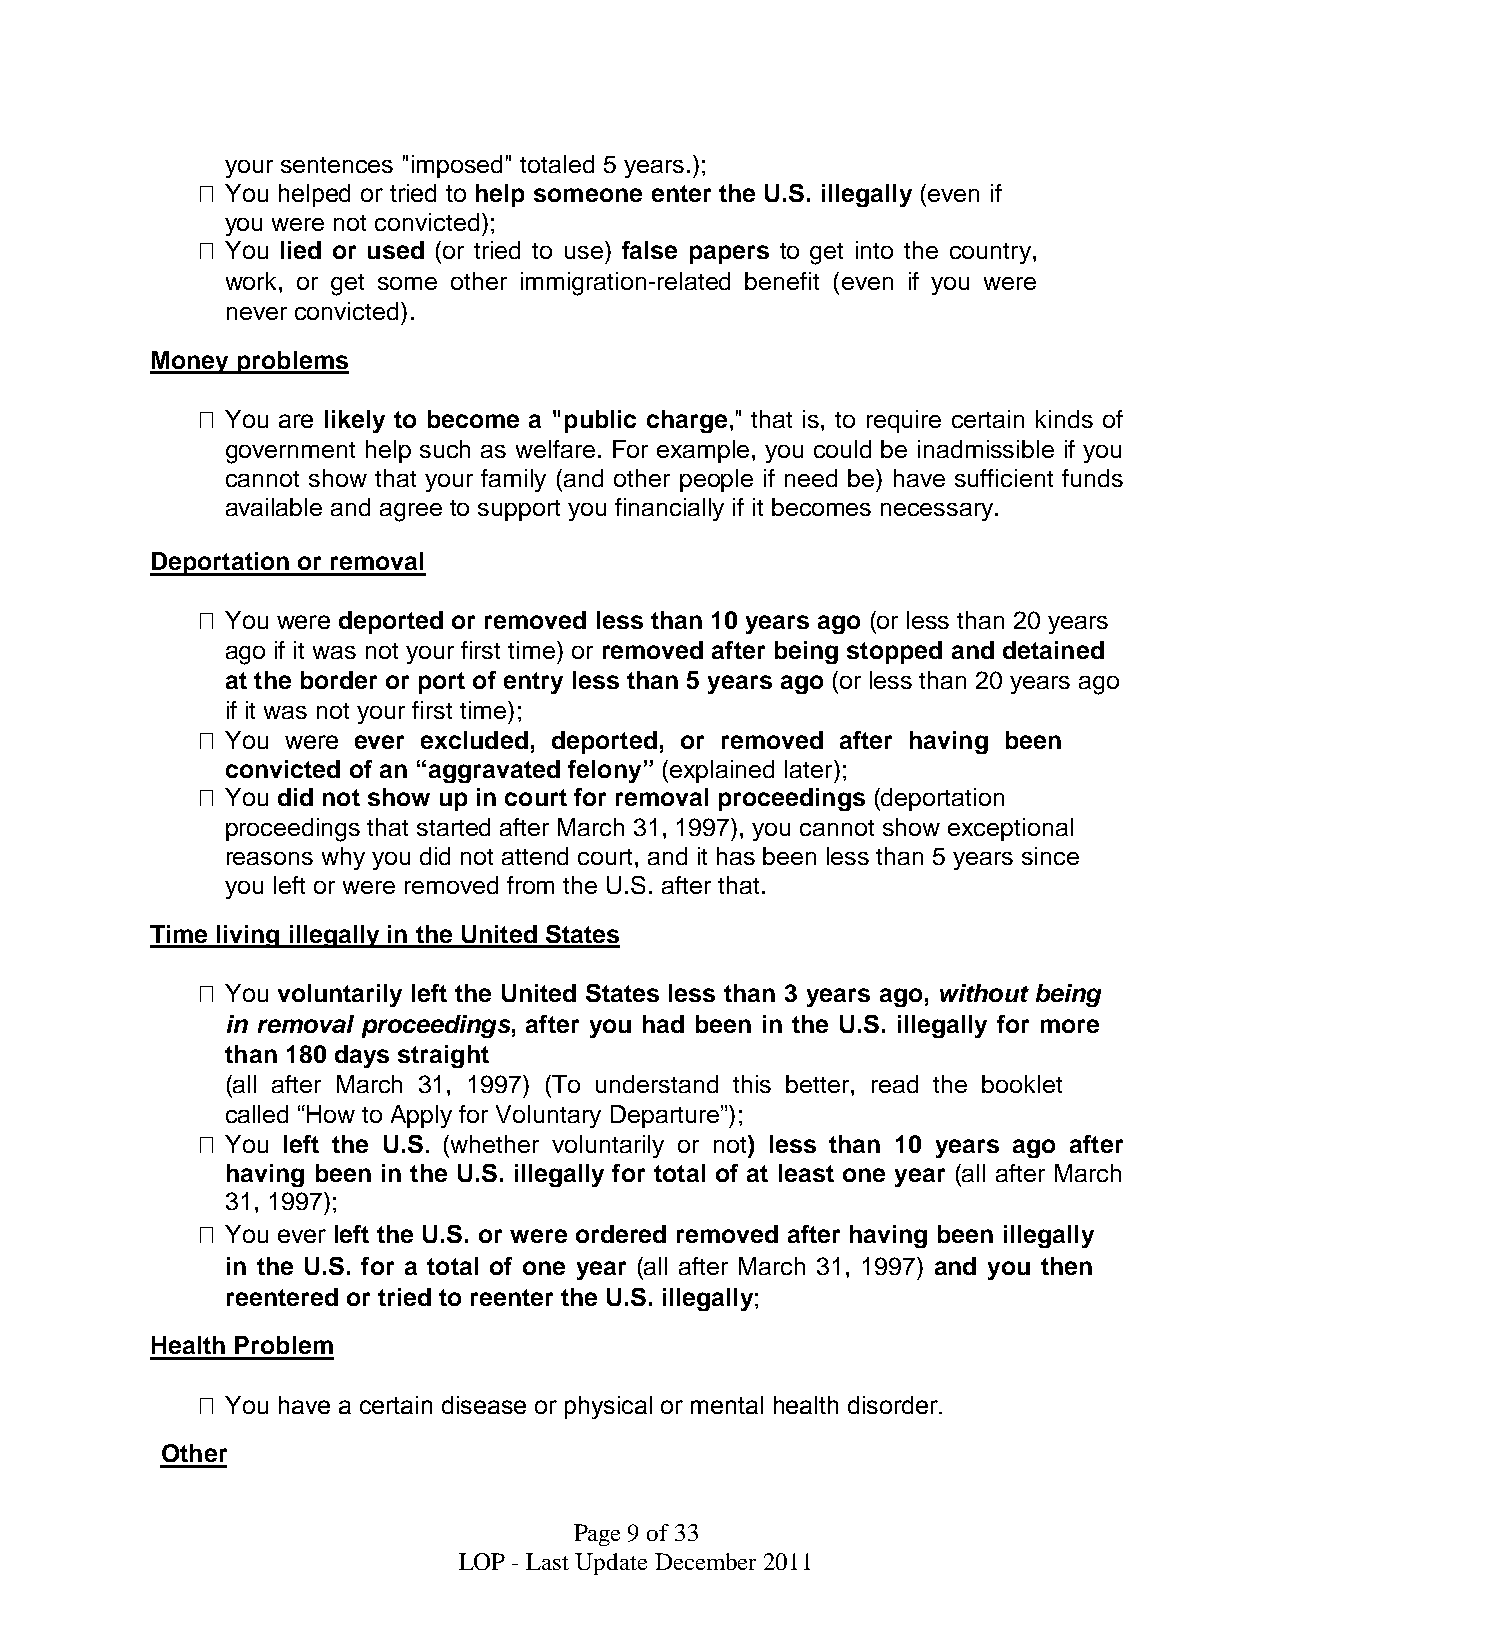
your sentences "imposed" totaled 5 years.);
  You helped or tried to help someone enter the U.S. illegally (even if
 you were not convicted);
  You lied or used (or tried to use) false papers to get into the country,
 work, or get some other immigration-related benefit (even if you were
 never convicted).
 Money problems
  You are likely to become a "public charge," that is, to require certain kinds of
 government help such as welfare. For example, you could be inadmissible if you
 cannot show that your family (and other people if need be) have sufficient funds
 available and agree to support you financially if it becomes necessary.
 Deportation or removal
  You were deported or removed less than 10 years ago (or less than 20 years
 ago if it was not your first time) or removed after being stopped and detained
 at the border or port of entry less than 5 years ago (or less than 20 years ago
 if it was not your first time);
  You were ever excluded, deported, or removed after having been
 convicted of an “aggravated felony” (explained later);
  You did not show up in court for removal proceedings (deportation
 proceedings that started after March 31, 1997), you cannot show exceptional
 reasons why you did not attend court, and it has been less than 5 years since
 you left or were removed from the U.S. after that.
 Time living illegally in the United States
  You voluntarily left the United States less than 3 years ago, without being
 in removal proceedings, after you had been in the U.S. illegally for more
 than 180 days straight
 (all after March 31, 1997) (To understand this better, read the booklet
 called “How to Apply for Voluntary Departure”);
  You left the U.S. (whether voluntarily or not) less than 10 years ago after
 having been in the U.S. illegally for total of at least one year (all after March
 31, 1997);
  You ever left the U.S. or were ordered removed after having been illegally
 in the U.S. for a total of one year (all after March 31, 1997) and you then
 reentered or tried to reenter the U.S. illegally;
 Health Problem
  You have a certain disease or physical or mental health disorder.
 Other
 Page9of33
 LOP - Last UpdateDecember2011